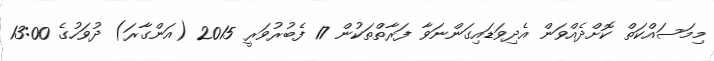
މިމަސައްކަތް ކޮށްދެއްވަން އެދިވަޑައިގަންނަވާ ފަރާތްތަކުން 17 ފެބުރުވަރީ 2015 (އަންގާރަ) ދުވަހުގެ 13:00